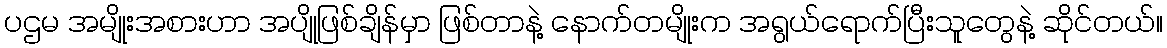
ပဌမ အမျိုးအစားဟာ အပျိုဖြစ်ချိန်မှာ ဖြစ်တာနဲ့ နောက်တမျိုးက အရွယ်ရောက်ပြီးသူတွေနဲ့ ဆိုင်တယ်။